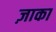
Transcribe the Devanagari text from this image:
ज़ाका